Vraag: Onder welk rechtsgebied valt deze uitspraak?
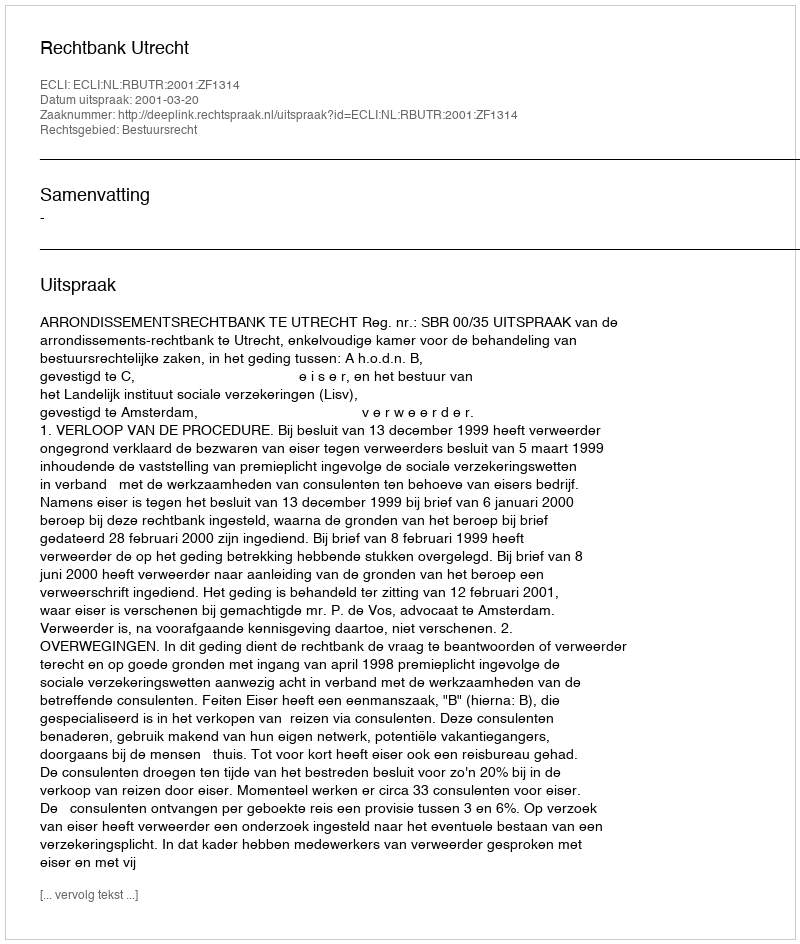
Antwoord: Bestuursrecht